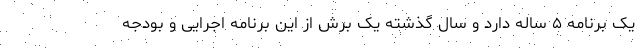
یک برنامه ۵ ساله دارد و سال گذشته یک برش از این برنامه اجرایی و بودجه